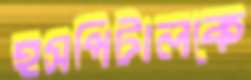
হসপিটালকে